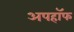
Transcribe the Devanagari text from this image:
अपहॉफ